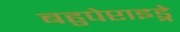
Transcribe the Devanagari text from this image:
बहुपेप्टाइड्ने